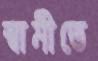
স্বামীতে